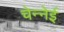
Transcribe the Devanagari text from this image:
चेन्नेई